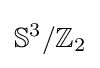
\mathbb {S} ^{3}/\mathbb {Z} _{2}